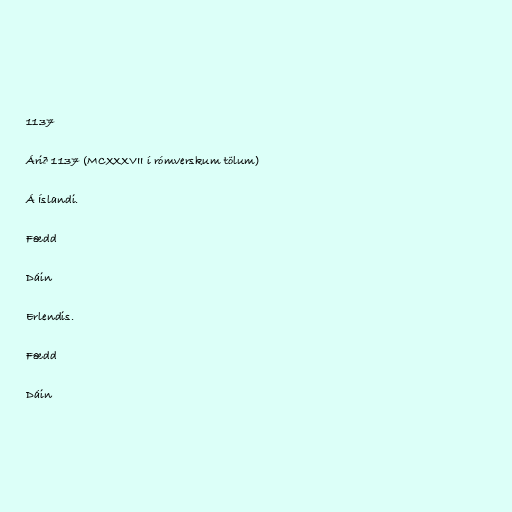
1137

Árið 1137 (MCXXXVII í rómverskum tölum)

Á Íslandi.

Fædd

Dáin

Erlendis.

Fædd

Dáin